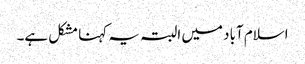
اسلام آباد میں البتہ یہ کہنا مشکل ہے۔